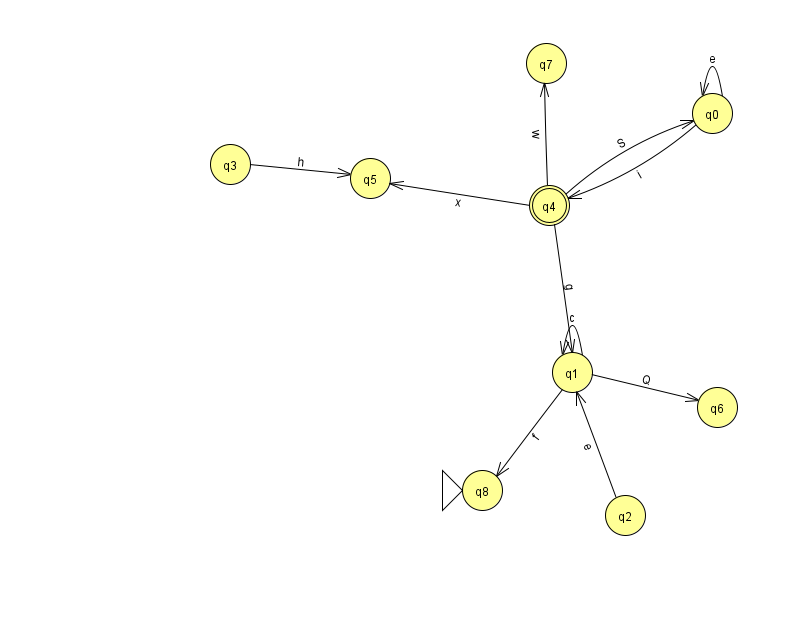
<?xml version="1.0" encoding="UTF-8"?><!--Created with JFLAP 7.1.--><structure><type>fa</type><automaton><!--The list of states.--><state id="0" name="q0"><x>712.0</x><y>100.0</y></state><state id="1" name="q1"><x>572.0</x><y>359.0</y></state><state id="2" name="q2"><x>625.0</x><y>502.0</y></state><state id="3" name="q3"><x>230.0</x><y>151.0</y></state><state id="4" name="q4"><x>549.0</x><y>192.0</y><final/></state><state id="5" name="q5"><x>370.0</x><y>165.0</y></state><state id="6" name="q6"><x>717.0</x><y>394.0</y></state><state id="7" name="q7"><x>546.0</x><y>50.0</y></state><state id="8" name="q8"><x>482.0</x><y>477.0</y><initial/></state><!--The list of transitions.--><transition><from>4</from><to>0</to><read>S</read></transition><transition><from>1</from><to>1</to><read>c</read></transition><transition><from>0</from><to>0</to><read>e</read></transition><transition><from>4</from><to>5</to><read>x</read></transition><transition><from>2</from><to>1</to><read>e</read></transition><transition><from>1</from><to>6</to><read>Q</read></transition><transition><from>0</from><to>4</to><read>i</read></transition><transition><from>1</from><to>8</to><read>f</read></transition><transition><from>4</from><to>7</to><read>w</read></transition><transition><from>3</from><to>5</to><read>h</read></transition><transition><from>4</from><to>1</to><read>g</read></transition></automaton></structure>